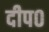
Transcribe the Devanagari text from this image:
दीप०